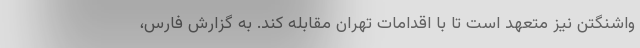
واشنگتن نیز متعهد است تا با اقدامات تهران مقابله کند. به گزارش فارس،